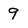
Character: 9